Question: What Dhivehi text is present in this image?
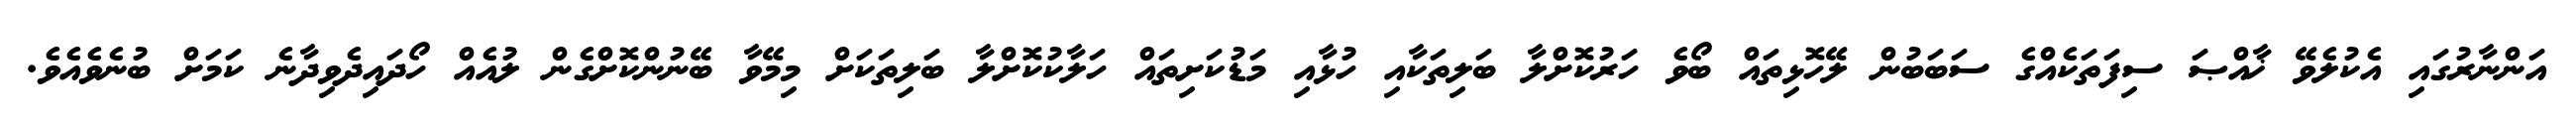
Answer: އަންނާރުގައި އެކުލެވޭ ޚާއްޞަ ސިފަތަކެއްގެ ސަބަބުން ލޭހޮޅިތައް ބޯވެ ހަރުކޮށްލާ ބަލިތަކާއި ހުޅާއި މަޑުކަށިތައް ހަލާކުކޮށްލާ ބަލިތަކަށް މިމޭވާ ބޭނުންކޮށްގެން ލުއެއް ހޯދައިދެވިދާނެ ކަމަށް ބުނެވެއެވެ.